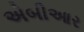
એબીઆર